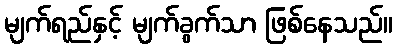
မျက်ရည်နှင့် မျက်ခွက်သာ ဖြစ်နေသည်။